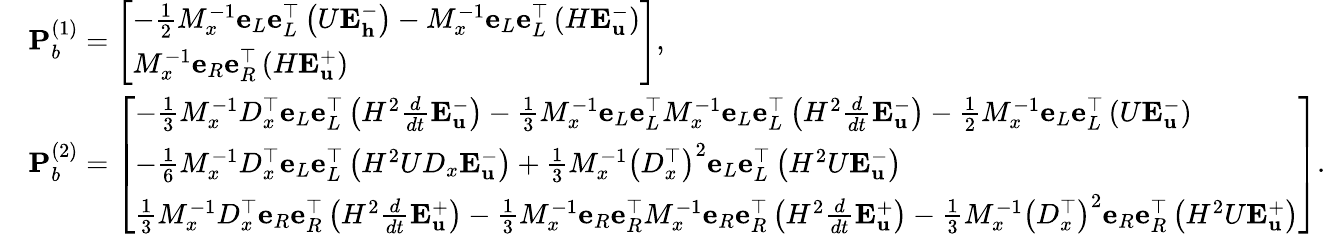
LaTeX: \begin{array}{rl}&{\mathbf{P}_{b}^{(1)}=\left[\begin{array}{l}{-\frac{1}{2}M_{x}^{-1}\mathbf{e}_{L}\mathbf{e}_{L}^{\top}\left(U\mathbf{E}_{\mathbf{h}}^{-}\right)-M_{x}^{-1}\mathbf{e}_{L}\mathbf{e}_{L}^{\top}\left(H\mathbf{E}_{\mathbf{u}}^{-}\right)}\\ {M_{x}^{-1}\mathbf{e}_{R}\mathbf{e}_{R}^{\top}\left(H\mathbf{E}_{\mathbf{u}}^{+}\right)}\end{array}\right],}\\ &{\mathbf{P}_{b}^{(2)}=\left[\begin{array}{l}{-\frac{1}{3}M_{x}^{-1}D_{x}^{\top}\mathbf{e}_{L}\mathbf{e}_{L}^{\top}\left(H^{2}\frac{d}{dt}\mathbf{E}_{\mathbf{u}}^{-}\right)-\frac{1}{3}M_{x}^{-1}\mathbf{e}_{L}\mathbf{e}_{L}^{\top}M_{x}^{-1}\mathbf{e}_{L}\mathbf{e}_{L}^{\top}\left(H^{2}\frac{d}{dt}\mathbf{E}_{\mathbf{u}}^{-}\right)-\frac{1}{2}M_{x}^{-1}\mathbf{e}_{L}\mathbf{e}_{L}^{\top}\left(U\mathbf{E}_{\mathbf{u}}^{-}\right)}\\ {-\frac{1}{6}M_{x}^{-1}D_{x}^{\top}\mathbf{e}_{L}\mathbf{e}_{L}^{\top}\left(H^{2}UD_{x}\mathbf{E}_{\mathbf{u}}^{-}\right)+\frac{1}{3}M_{x}^{-1}\left(D_{x}^{\top}\right)^{2}\mathbf{e}_{L}\mathbf{e}_{L}^{\top}\left(H^{2}U\mathbf{E}_{\mathbf{u}}^{-}\right)}\\ {\frac{1}{3}M_{x}^{-1}D_{x}^{\top}\mathbf{e}_{R}\mathbf{e}_{R}^{\top}\left(H^{2}\frac{d}{dt}\mathbf{E}_{\mathbf{u}}^{+}\right)-\frac{1}{3}M_{x}^{-1}\mathbf{e}_{R}\mathbf{e}_{R}^{\top}M_{x}^{-1}\mathbf{e}_{R}\mathbf{e}_{R}^{\top}\left(H^{2}\frac{d}{dt}\mathbf{E}_{\mathbf{u}}^{+}\right)-\frac{1}{3}M_{x}^{-1}\left(D_{x}^{\top}\right)^{2}\mathbf{e}_{R}\mathbf{e}_{R}^{\top}\left(H^{2}U\mathbf{E}_{\mathbf{u}}^{+}\right)}\end{array}\right].}\end{array}